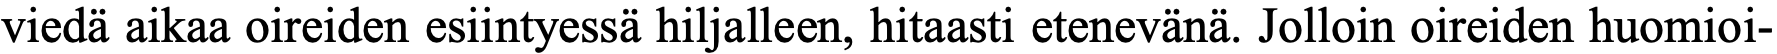
viedä aikaa oireiden esiintyessä hiljalleen, hitaasti etenevänä. Jolloin oireiden huomioi-